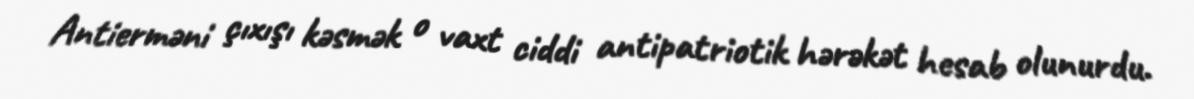
Antierməni çıxışı kəsmək o vaxt ciddi antipatriotik hərəkət hesab olunurdu.